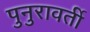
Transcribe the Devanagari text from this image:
पुनुरावर्ती